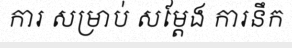
ការ សម្រាប់ សម្តែង ការនឹក